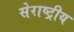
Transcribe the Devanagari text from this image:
सेराष्ट्रीय